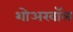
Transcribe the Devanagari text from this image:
शोअरवॉल